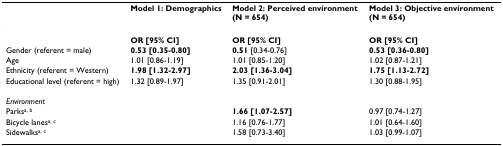
<table><thead><tr><td></td><td><b>Model 1: Demographics</b></td><td><b>Model 2: Perceived environment(N = 654)</b></td><td><b>Model 3: Objective environment(N = 654)</b></td></tr></thead><tbody><tr><td></td><td><b>OR [95% CI]</b></td><td><b>OR [95% CI]</b></td><td><b>OR [95% CI]</b></td></tr><tr><td>Gender (referent = male)</td><td><b>0.53 [0.35-0.80]</b></td><td><b>0.51 </b>[0.34-0.76]</td><td><b>0.53 [0.36-0.80]</b></td></tr><tr><td>Age</td><td>1.01 [0.86-1.19]</td><td>1.01 [0.85-1.20]</td><td>1.02 [0.87-1.21]</td></tr><tr><td>Ethnicity (referent = Western)</td><td><b>1.98 [1.32-2.97]</b></td><td><b>2.03 [1.36-3.04]</b></td><td><b>1.75 [1.13-2.72]</b></td></tr><tr><td>Educational level (referent = high)</td><td>1.32 [0.89-1.97]</td><td>1.35 [0.91-2.01]</td><td>1.30 [0.88-1.95]</td></tr><tr><td><i>Environment</i></td><td></td><td></td><td></td></tr><tr><td>Parks<sup>a, b</sup></td><td></td><td><b>1.66 [1.07-2.57]</b></td><td>0.97 [0.74-1.27]</td></tr><tr><td>Bicycle lanes<sup>a, c</sup></td><td></td><td>1.16 [0.76-1.77]</td><td>1.01 [0.64-1.60]</td></tr><tr><td>Sidewalks<sup>a, c</sup></td><td></td><td>1.58 [0.73-3.40]</td><td>1.03 [0.99-1.07]</td></tr></tbody></table>